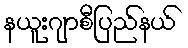
နယူးဂျာစီပြည်နယ်